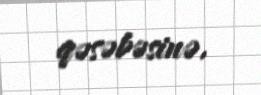
qəsəbəsinə.